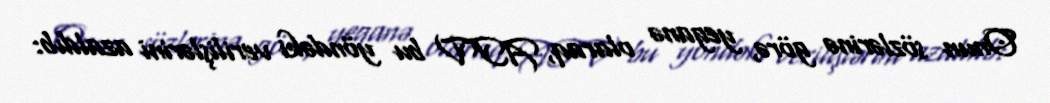
Onun sözlərinə görə, yeganə olaraq, ATV bu yöndəki verilişlərini azaldıb: